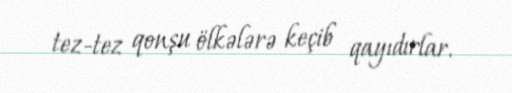
tez-tez qonşu ölkələrə keçib qayıdırlar.